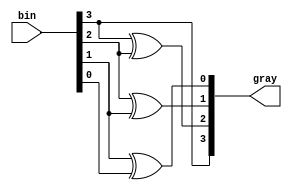
module Bin_to_Gray_4bit_converter(input [3:0] bin, output [3:0] gray);

 assign gray[3] = bin[3];
 assign gray[2] = bin[3] ^ bin[2];
 assign gray[1] = bin[2] ^ bin[1];
 assign gray[0] = bin[1] ^ bin[0];

endmodule